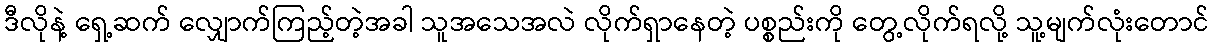
ဒီလိုနဲ့ ရှေ့ဆက် လျှောက်ကြည့်တဲ့အခါ သူအသေအလဲ လိုက်ရှာနေတဲ့ ပစ္စည်းကို တွေ့လိုက်ရလို့ သူ့မျက်လုံးတောင်